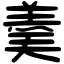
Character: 羮